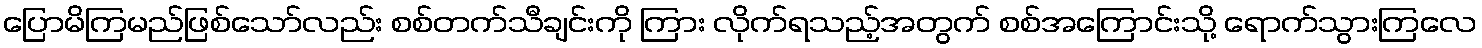
ပြောမိကြမည်ဖြစ်သော်လည်း စစ်တက်သီချင်းကို ကြား လိုက်ရသည့်အတွက် စစ်အကြောင်းသို့ ရောက်သွားကြလေ